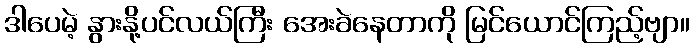
ဒါပေမဲ့ နွားနို့ပင်လယ်ကြီး အေးခဲနေတာကို မြင်ယောင်ကြည့်ဗျာ။